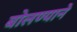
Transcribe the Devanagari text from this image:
बोलण्याने